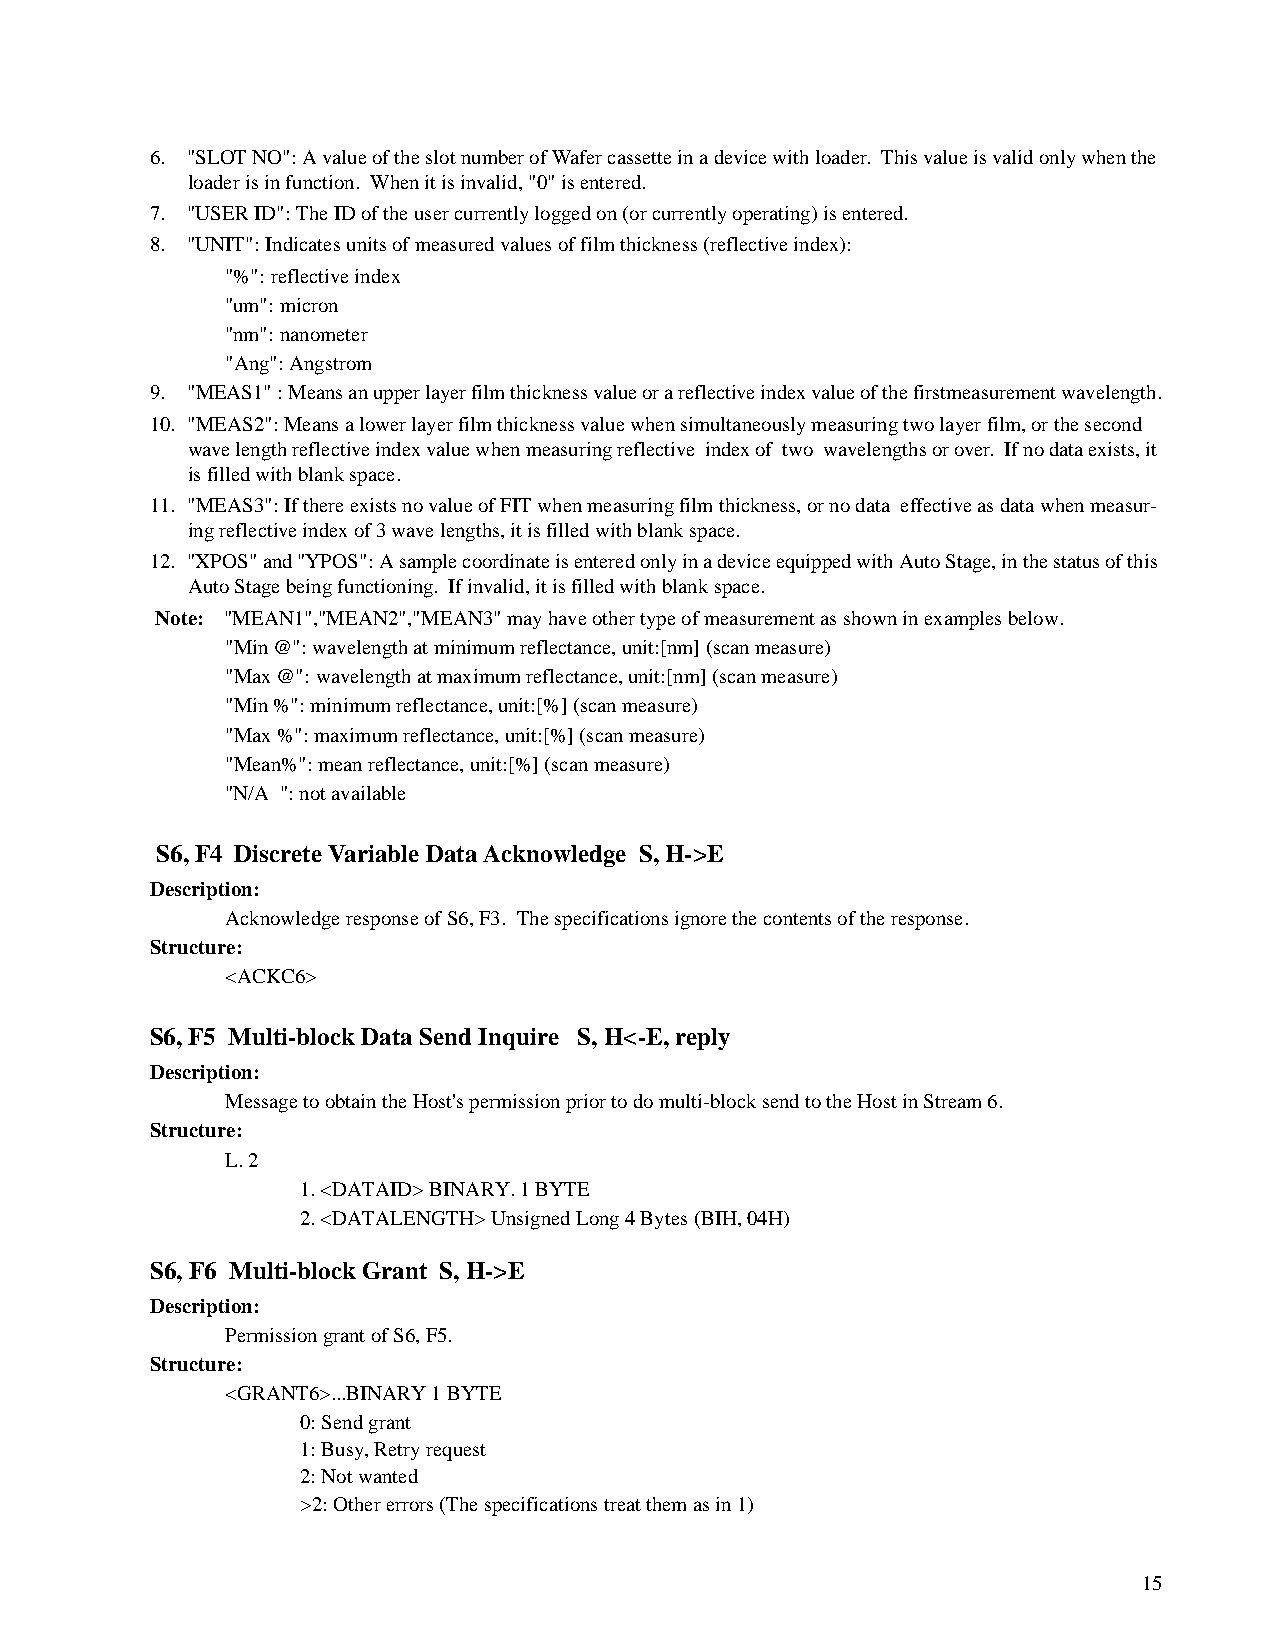
6. "SLOT NO": A value of the slot number of Wafer cassette in a device with loader. This value is valid only when the
 loader is in function. When it is invalid, "0" is entered.
 7. "USER ID": The ID of the user currently logged on (or currently operating) is entered.
 8. "UNIT": Indicates units of measured values of film thickness (reflective index):
 "%": reflective index
 "um": micron
 "nm": nanometer
 "Ang": Angstrom
 9. "MEAS1" : Means an upper layer film thickness value or a reflective index value of the firstmeasurement wavelength.
 10. "MEAS2": Means a lower layer film thickness value when simultaneously measuring two layer film, or the second
 wave length reflective index value when measuring reflective index of two wavelengths or over. If no data exists, it
 is filled with blank space.
 11. "MEAS3": If there exists no value of FIT when measuring film thickness, or no data effective as data when measur-
 ing reflective index of 3 wave lengths, it is filled with blank space.
 12. "XPOS" and "YPOS": A sample coordinate is entered only in a device equipped with Auto Stage, in the status of this
 Auto Stage being functioning. If invalid, it is filled with blank space.
 Note: "MEAN1","MEAN2","MEAN3" may have other type of measurement as shown in examples below.
 "Min @": wavelength at minimum reflectance, unit:[nm] (scan measure)
 "Max @": wavelength at maximum reflectance, unit:[nm] (scan measure)
 "Min %": minimum reflectance, unit:[%] (scan measure)
 "Max %": maximum reflectance, unit:[%] (scan measure)
 "Mean%": mean reflectance, unit:[%] (scan measure)
 "N/A ": not available
 S6, F4 Discrete Variable Data Acknowledge S, H->E
 Description:
 Acknowledge response of S6, F3. The specifications ignore the contents of the response.
 Structure:
 <ACKC6>
 S6, F5 Multi-block Data Send Inquire S, H<-E, reply
 Description:
 Message to obtain the Host's permission prior to do multi-block send to the Host in Stream 6.
 Structure:
 L. 2
 1. <DATAID> BINARY. 1 BYTE
 2. <DATALENGTH> Unsigned Long 4 Bytes (BIH, 04H)
 S6, F6 Multi-block Grant S, H->E
 Description:
 Permission grant of S6, F5.
 Structure:
 <GRANT6>...BINARY 1 BYTE
 0: Send grant
 1: Busy, Retry request
 2: Not wanted
 >2: Other errors (The specifications treat them as in 1)
 15